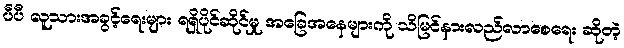
ပီပီ လူသားအခွင့်ရေးများ ရရှိပိုင်ဆိုင်မှု အခြေအနေများကို သိမြင်နားလည်လာစေရေး ဆိုတဲ့